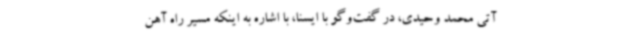
آتی محمد وحیدی، در گفت‌وگو با ایسنا، با اشاره به اینکه مسیر راه آهن